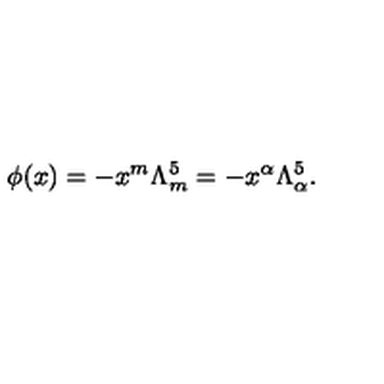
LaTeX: \phi ( x ) = - x ^ { m } \Lambda _ { m } ^ { 5 } = - x ^ { \alpha } \Lambda _ { \alpha } ^ { 5 } .